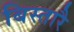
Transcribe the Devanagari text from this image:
बिस्तारै